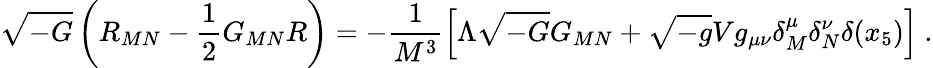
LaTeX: \sqrt{-G}\left(R_{MN}-\frac{1}{2}G_{MN}R\right)=-\frac{1}{M^{3}}\left[\Lambda\sqrt{-G}G_{MN}+\sqrt{-g}Vg_{\mu\nu}\delta_{M}^{\mu}\delta_{N}^{\nu}\delta(x_{5})\right]~.